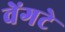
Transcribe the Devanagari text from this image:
वेंगटे